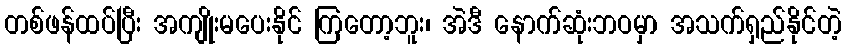
တစ်ဖန်ထပ်ပြီး အကျိုးမပေးနိုင် ကြတော့ဘူး၊ အဲဒီ နောက်ဆုံးဘဝမှာ အသက်ရှည်နိုင်တဲ့